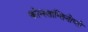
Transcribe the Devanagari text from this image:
कोन्स्तान्तिनोप्ले